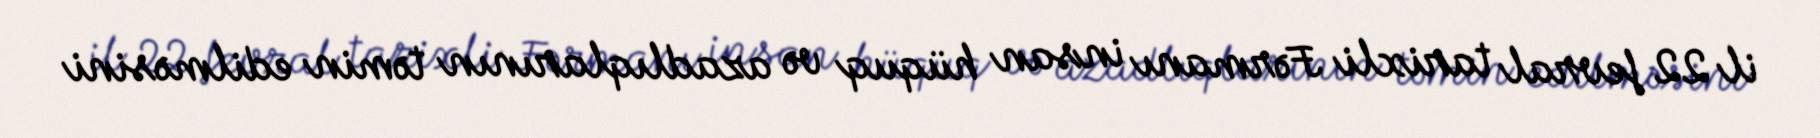
il 22 fevral tarixli Fərmanı insan hüquq və azadlıqlarının təmin edilməsini